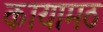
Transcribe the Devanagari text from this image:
कायामठ